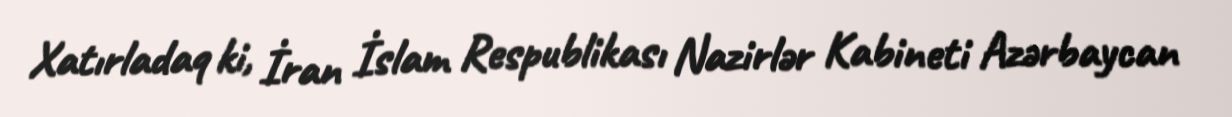
Xatırladaq ki, İran İslam Respublikası Nazirlər Kabineti Azərbaycan